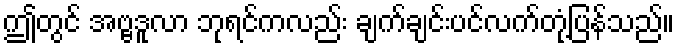
ဤတွင် အဗ္ဗဒူလာ ဘုရင်ကလည်း ချက်ချင်းပင်လက်တုံ့ပြန်သည်။